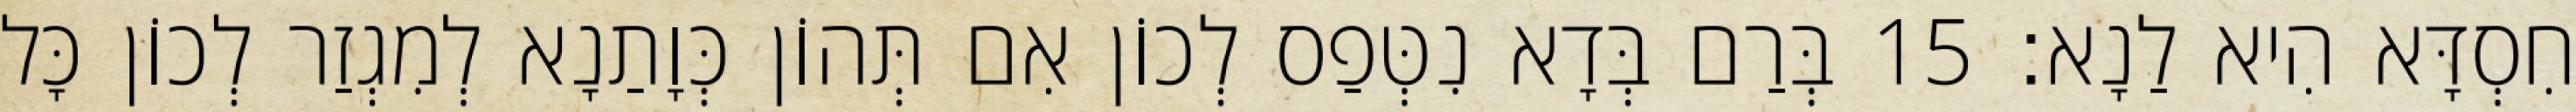
חִסְדָּא הִיא לַנָא׃ 15 בְּרַם בְּדָא נִטְּפַס לְכוֹן אִם תְּהוֹן כְּוָתַנָא לְמִגְזַר לְכוֹן כָּל